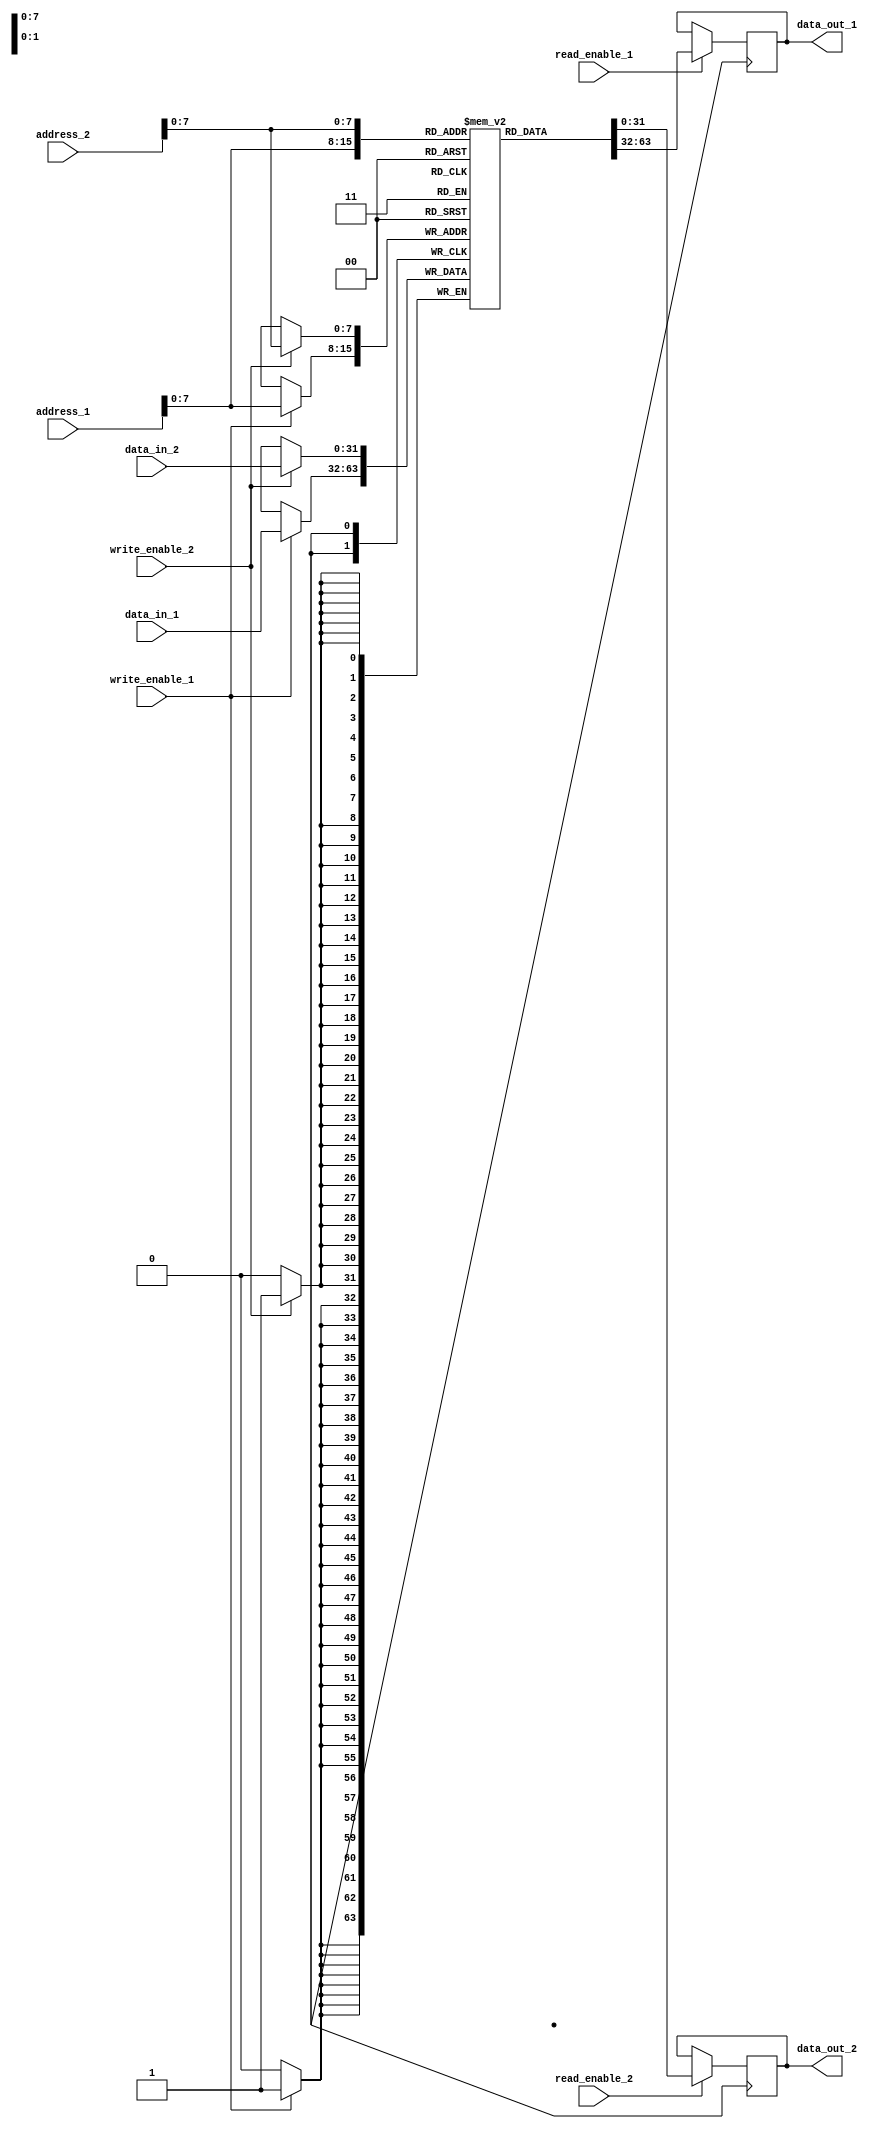
module dual_port_ram(
  input [31:0] address_1,
  input [31:0] data_in_1,
  input write_enable_1,
  input read_enable_1,
  output reg [31:0] data_out_1,
  
  input [31:0] address_2,
  input [31:0] data_in_2,
  input write_enable_2,
  input read_enable_2,
  output reg [31:0] data_out_2
);

reg [31:0] memory[0:255];

always @ (posedge clk)
begin
  if(write_enable_1)
    memory[address_1] <= data_in_1;
  if(read_enable_1)
    data_out_1 <= memory[address_1];
end

always @ (posedge clk)
begin
  if(write_enable_2)
    memory[address_2] <= data_in_2;
  if(read_enable_2)
    data_out_2 <= memory[address_2];
end

endmodule